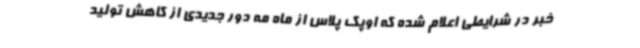
خبر در شرایطی اعلام شده که اوپک پلاس از ماه مه دور جدیدی از کاهش تولید